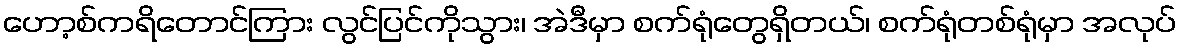
ဟော့စ်ကရိတောင်ကြား လွင်ပြင်ကိုသွား၊ အဲဒီမှာ စက်ရုံတွေရှိတယ်၊ စက်ရုံတစ်ရုံမှာ အလုပ်